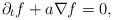
LaTeX: \begin{align*}\partial_t f + a\nabla f = 0,\end{align*}